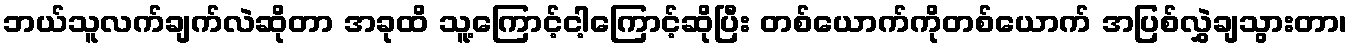
ဘယ်သူလက်ချက်လဲဆိုတာ အခုထိ သူ့ကြောင့်ငါ့ကြောင့်ဆိုပြီး တစ်ယောက်ကိုတစ်ယောက် အပြစ်လွှဲချသွားတာ၊